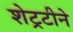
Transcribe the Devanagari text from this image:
शेट्रटीने